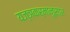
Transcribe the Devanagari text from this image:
यज्ञकर्मानुसार